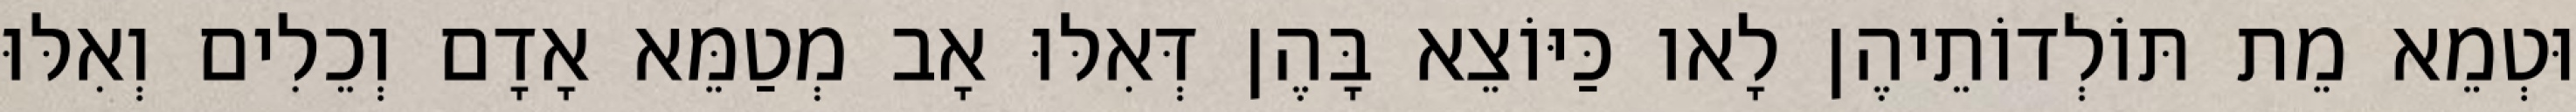
וּטְמֵא מֵת תּוֹלְדוֹתֵיהֶן לָאו כַּיּוֹצֵא בָּהֶן דְּאִלּוּ אָב מְטַמֵּא אָדָם וְכֵלִים וְאִלּוּ